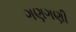
ગણગણી